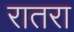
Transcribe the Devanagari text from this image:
रातरा